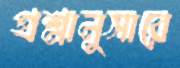
প্রশ্নানুসারে